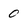
Character: 0